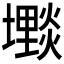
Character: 𱘓